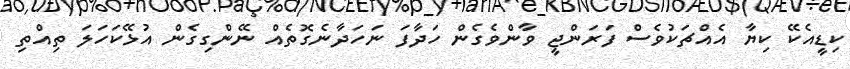
ކިޑީއެކޭ ކިޔާ އެއްޗަކުވެސް ފަރަންޖީ ވާންވެގެން ހަދާފަ ނަހަދާނެގޮތެއް ނޭންގިގެން އުޅޭކަހަލަ ތިއްތި